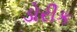
ડોરીક